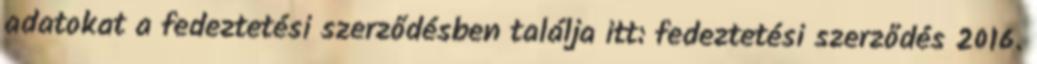
adatokat a fedeztetési szerződésben találja itt: fedeztetési szerződés 2016.